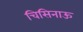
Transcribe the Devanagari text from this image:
चिसिनाऊ